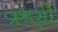
ઋણી